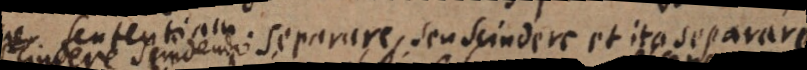
scindendo separare, seu scindere et ita separare.